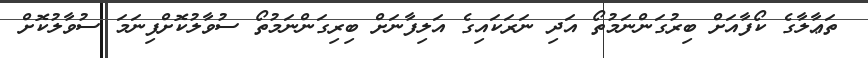
ތަޢާލާގެ ކޯފާއަށް ބިރުގަންނަމުތޯ އަދި ނަރަކައިގެ އަލިފާނަށް ބިރިގަންނަމުތޯ ސުވާލުކޮށްފިނަމަ ސުވާލުކޮށް